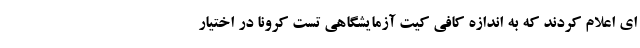
ای اعلام کردند که به اندازه کافی کیت آزمایشگاهی تست کرونا در اختیار